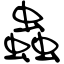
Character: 蟲